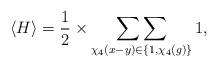
LaTeX: \begin{align*} \langle H\rangle =\frac{1}{2}\times \mathop{\sum\sum}_{\chi_4(x-y)\in \{1, \chi_4(g)\}} 1,\end{align*}